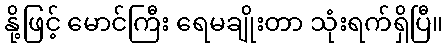
နို့ဖြင့် မောင်ကြီး ရေမချိုးတာ သုံးရက်ရှိပြီ။